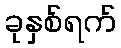
ခုနှစ်ရက်